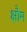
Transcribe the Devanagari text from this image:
क्षौम